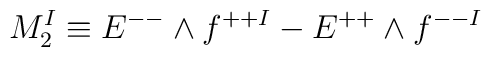
M^I_2 \equiv E^{--} \wedge f^{++I} - E^{++} \wedge f^{--I}